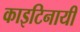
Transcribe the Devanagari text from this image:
काइटिनायी